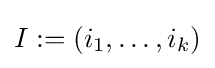
I:=(i_{1},\ldots ,i_{k})